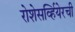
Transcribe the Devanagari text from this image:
रोशेसर्व्हियेरची